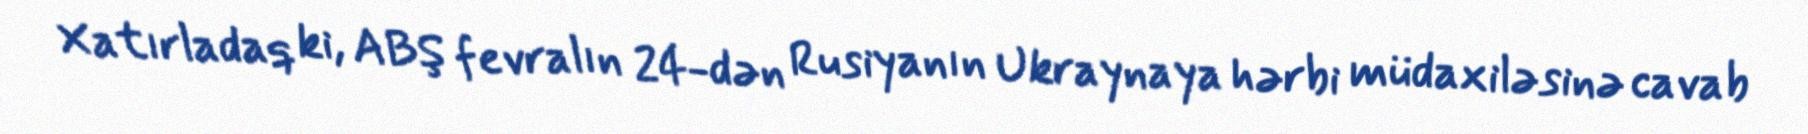
Xatırladaq ki, ABŞ fevralın 24-dən Rusiyanın Ukraynaya hərbi müdaxiləsinə cavab